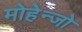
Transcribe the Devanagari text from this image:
मोहेन्जो